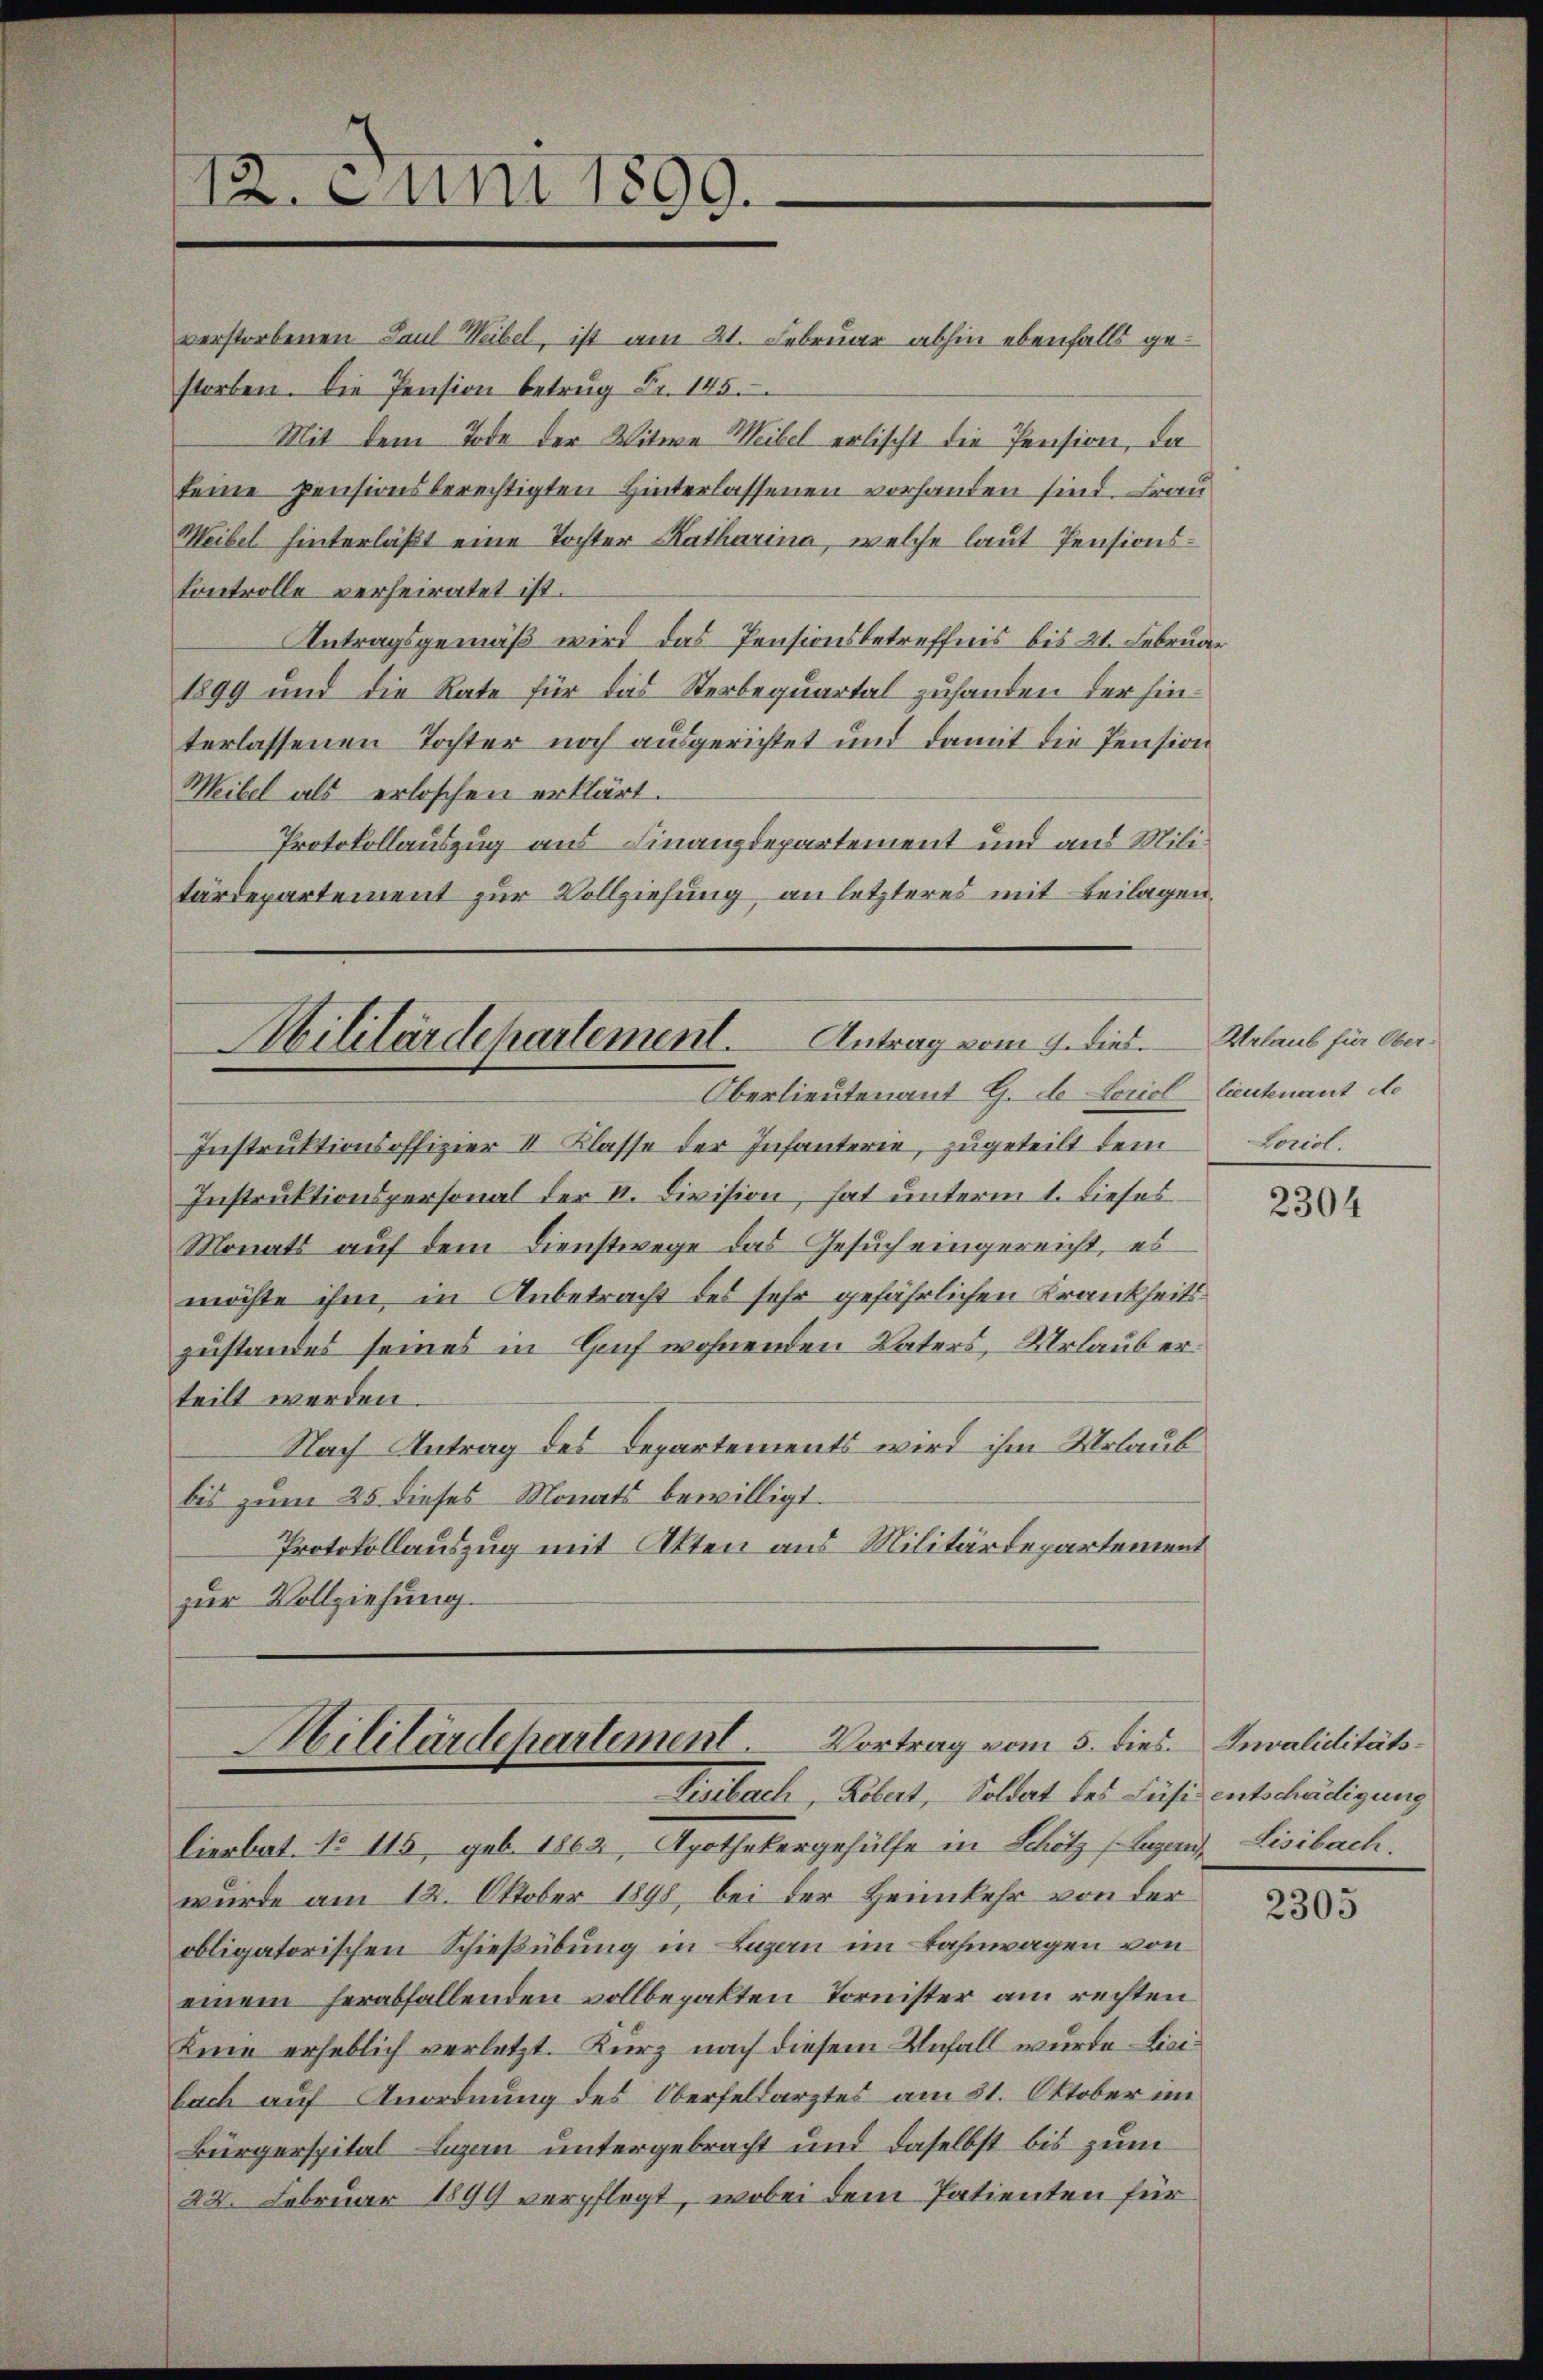
verstorbenen Paul Weibel, ist am 21. Februar abhin ebenfalls gestorben. Die Pension betrug Fr. 145.
Mit dem Tode der Witwe Weibel erlischt die Pension, da
keine pensionsberechtigten Hinterlassenen vorhanden sind. Frau
Weibel hinterläßt eine Tochter Katharina, welche laut Pensions¬
Controlle verheiratet ist.
Antragsgemäß wird das Pensionsbetreffnis bis 21. Februar
1899 und die Rate für das Sterbequartal zuhanden der hinterlassenen Tochter noch ausgerichtet und damit die Pension
Weibel als erloschen erklärt.
Protokollauszug aus Finanzdepartement und aus Militärdepartement zur Vollziehung, an letzteres mit Beilagen,

12. Juni 1899.

Militärdepartement. Antrag vom 9. dies
Oberlieutenant G. d. Lorie lieutenant de

Instruktionsoffizier II Klasse der Infanterie, zugeteilt dem
Instruktionspersonal der I. Division, hat unterm 1. Dieses
Monats auf dem Dienstwege das Gesuch eingereicht, es
möchte ihm in Anbetracht des sehr gefährlichen Krankheitszustandes seines in Genf wohnenden Vaters, Urlaub erteilt werden.
Nach Antrag des Departements wird ihm Urlaubbis zum 25 dieses Monats bewilligt.
Protokollauszug mit Akten aus Militärdepartement
zur Vollziehung.

Militärdepartement. Vortrag vom 5. dies Invaliditäts¬
Lisibach, Köbert, Soldat des Fäsi entschädigung

lierbat. No 115, geb. 1862, Apothekergehülfe in Schötz, Lugand, Lisibach.
wurde am 12. Oktober 1898, bei der Heimkehr von der
obligatorischen Schießübung in Luzern im Bahnwagen von
einem herabfallenden vollbepakten Tornister am rechten
Knie erheblich verletzt. Kurz nach diesem Unfall wurde Licibach auf Anordnung des Oberfeldarztes am 31. Oktober im
Bürgerspital Ligen untergebracht und daselbst bis zum
22. Februar 1899 verpflegt, wobei dem Patienten für

Urlaub für Ober¬
Loriol.

2304

2305